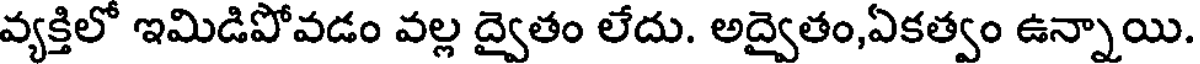
వ్యక్తిలో ఇమిడిపోవడం వల్ల ద్వైతం లేదు. అద్వైతం,ఏకత్వం ఉన్నాయి.